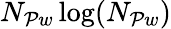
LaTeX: N_{\mathcal{P}w}\log(N_{\mathcal{P}w})